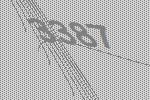
3387